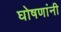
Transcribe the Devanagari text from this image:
घोषणांनी